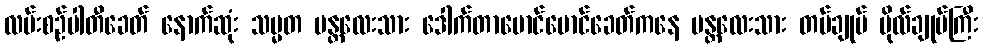
လမ်းစဉ်ပါတီခေတ် နောက်ဆုံး သမ္မတ မန္တလေးသား ဒေါက်တာမောင်မောင်ခေတ်ကနေ မန္တလေးသား တပ်ချုပ် ဗိုလ်ချုပ်ကြီး